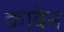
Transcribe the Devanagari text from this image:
क्रावेन